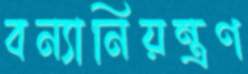
বন্যানিয়ন্ত্রণ